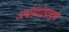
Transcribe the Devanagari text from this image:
अर्थस्योत्पादकं